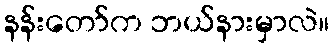
နန်းတော်က ဘယ်နားမှာလဲ။